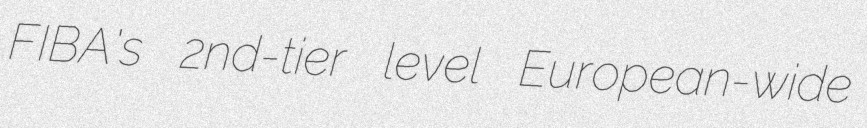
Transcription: FIBA's 2nd-tier level European-wide